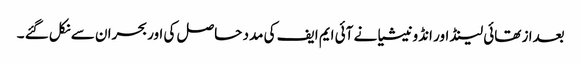
بعدا ز تھائی لینڈ اور انڈونیشیا نے آئی ایم ایف کی مدد حاصل کی اوربحران سے نکل گئے ۔